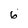
Character: 6